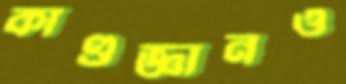
কাণ্ডজ্ঞানও